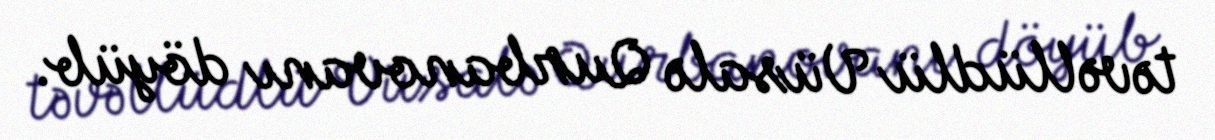
təvəllüdlü Vüsalə Qurbanovanı döyüb.